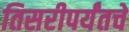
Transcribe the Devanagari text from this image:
तिसरीपर्यंतचे